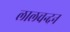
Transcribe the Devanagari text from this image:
लालचन्दन